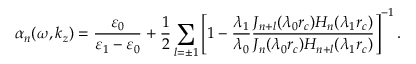
\alpha _ { n } ( \omega , k _ { z } ) = \frac { \varepsilon _ { 0 } } { \varepsilon _ { 1 } - \varepsilon _ { 0 } } + \frac { 1 } { 2 } \sum _ { l = \pm 1 } \left[ 1 - \frac { \lambda _ { 1 } } { \lambda _ { 0 } } \frac { J _ { n + l } ( \lambda _ { 0 } r _ { c } ) H _ { n } ( \lambda _ { 1 } r _ { c } ) } { J _ { n } ( \lambda _ { 0 } r _ { c } ) H _ { n + l } ( \lambda _ { 1 } r _ { c } ) } \right] ^ { - 1 } .